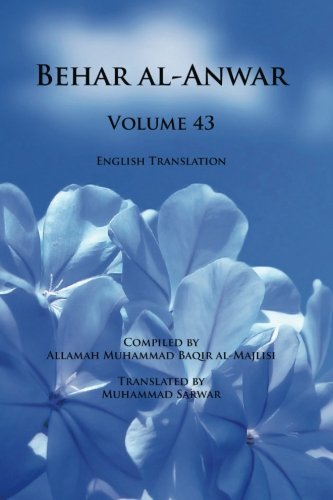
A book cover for Behar al-Anwar, Volume 43; Allamah Muhammad Baqir al-Majlisi; Religion & Spirituality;